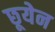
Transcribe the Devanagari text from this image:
छूयेन